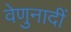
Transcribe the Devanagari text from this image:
वेणुनादीं